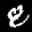
Label: 8